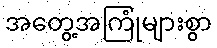
အတွေ့အကြုံများစွာ